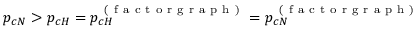
p _ { c N } > p _ { c H } = p _ { c H } ^ { \mathrm { ~ ( ~ f ~ a ~ c ~ t ~ o ~ r ~ g ~ r ~ a ~ p ~ h ~ ) ~ } } = p _ { c N } ^ { \mathrm { ~ ( ~ f ~ a ~ c ~ t ~ o ~ r ~ g ~ r ~ a ~ p ~ h ~ ) ~ } }